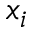
x _ { i }